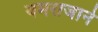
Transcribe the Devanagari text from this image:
यमराजाने